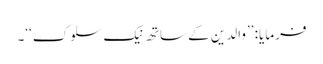
فرمایا: ’’والدین کے ساتھ نیک سلوک‘‘۔